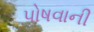
પોષવાની